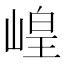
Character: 崲